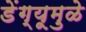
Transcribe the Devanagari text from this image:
डेंग्यूमुळे